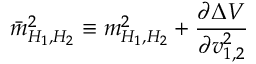
\bar { m } _ { H _ { 1 } , H _ { 2 } } ^ { 2 } \equiv m _ { H _ { 1 } , H _ { 2 } } ^ { 2 } + \frac { \partial \Delta V } { \partial { v _ { 1 , 2 } ^ { 2 } } }